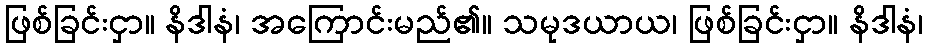
ဖြစ်ခြင်းငှာ။ နိဒါနံ၊ အကြောင်းမည်၏။ သမုဒယာယ၊ ဖြစ်ခြင်းငှာ။ နိဒါနံ၊